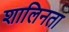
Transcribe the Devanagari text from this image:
शालिनता